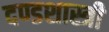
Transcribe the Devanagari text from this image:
दण्डशास्त्री